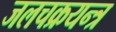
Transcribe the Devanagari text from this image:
जलचक्रयन्त्र